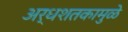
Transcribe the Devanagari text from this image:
अर्धशतकामुळे